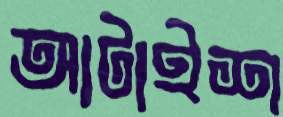
আটাইশ